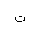
Letter: _ta